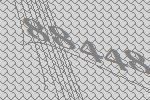
88448